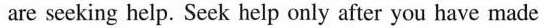
are seeking help. Seek help only after you have made